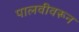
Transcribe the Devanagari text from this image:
पालवीवरून